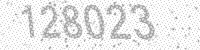
Solution: 128023